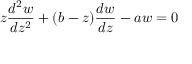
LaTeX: z { \frac { d ^ { 2 } w } { d z ^ { 2 } } } + ( b - z ) { \frac { d w } { d z } } - a w = 0